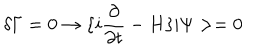
\delta \Gamma = 0 \rightarrow \{ i { \frac { \partial } { \partial t } } - H \} | \Psi > = 0